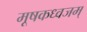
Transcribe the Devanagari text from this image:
मूषकध्वजम्